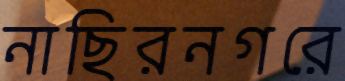
নাছিরনগরে